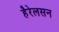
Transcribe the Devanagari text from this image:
हैरेलसन